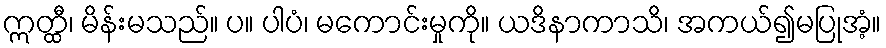
ဣတ္ထီ၊ မိန်းမသည်။ ပ။ ပါပံ၊ မကောင်းမှုကို။ ယဒိနာကာသိ၊ အကယ်၍မပြုအံ့။